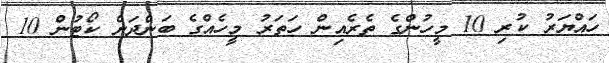
ހައްޔަރު ކުރި 10 މީހުންގެ ތެރެއިން ހަތަރު މީހެއްގެ ބަންދަަށް ކޯޓުން 10